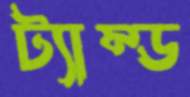
ট্যাম্ড